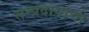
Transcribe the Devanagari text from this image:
सम्प्रदायाची